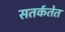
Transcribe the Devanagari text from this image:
सतर्कतेत